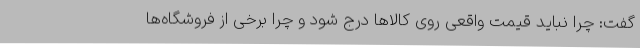
گفت: چرا نباید قیمت واقعی روی کالاها درج شود و چرا برخی از فروشگاه‌ها